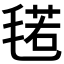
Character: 𱥣